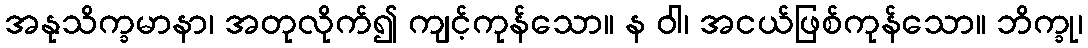
အနုသိက္ခမာနာ၊ အတုလိုက်၍ ကျင့်ကုန်သော။ န ဝါ၊ အငယ်ဖြစ်ကုန်သော။ ဘိက္ခု၊